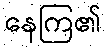
နေကြ၏